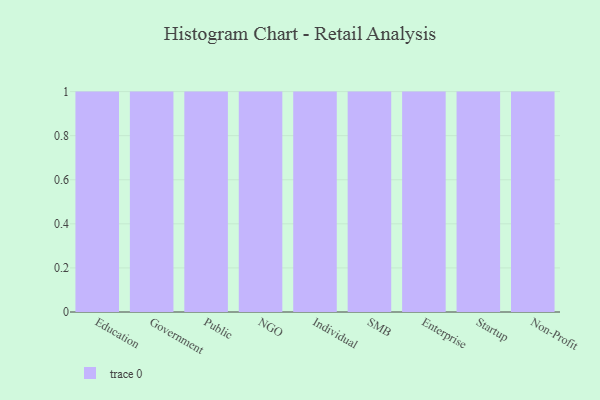
{"axis": {"x": "Segment", "y": "Headcount"}, "legend": [""], "data": [{"x": "Education", "y": 66, "type": ""}, {"x": "Government", "y": 57, "type": ""}, {"x": "Public", "y": 21, "type": ""}, {"x": "NGO", "y": 48, "type": ""}, {"x": "Individual", "y": 90, "type": ""}, {"x": "SMB", "y": 14, "type": ""}, {"x": "Enterprise", "y": 63, "type": ""}, {"x": "Startup", "y": 87, "type": ""}, {"x": "Non-Profit", "y": 39, "type": ""}]}